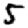
Digit: 5